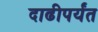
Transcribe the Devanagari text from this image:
दाढीपर्यंत